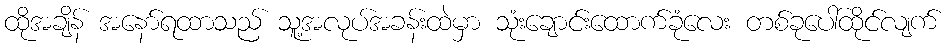
ထိုအချိန် အနော်ရထာသည် သူ့အလုပ်အခန်းထဲမှာ သုံးချောင်းထောက်ခုံလေး တစ်ခုပေါ်ထိုင်လျက်